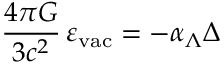
\frac { 4 \pi G } { 3 c ^ { 2 } } \, \varepsilon _ { \mathrm { v a c } } = - \alpha _ { \Lambda } \Delta